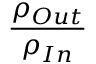
{ \frac { \rho _ { O u t } } { \rho _ { I n } } } \,